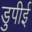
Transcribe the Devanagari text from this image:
डुपीई